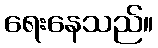
ရေးနေသည်။